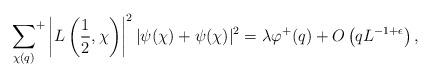
LaTeX: \begin{align*}\sideset{}{^+}\sum_{\chi(q)} \left| L \left( \frac{1}{2},\chi \right)\right|^2|\psi_{}(\chi) + \psi_{}(\chi)|^2 =\lambda \varphi^+(q) + O \left(q L^{-1+\epsilon} \right),\end{align*}